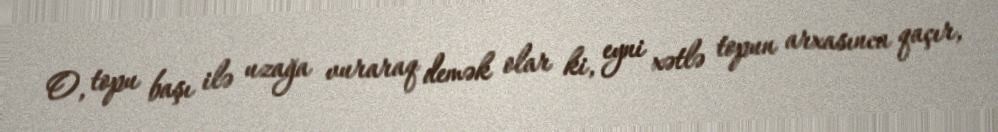
O, topu başı ilə uzağa vuraraq demək olar ki, eyni xətlə topun arxasınca qaçır,